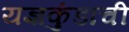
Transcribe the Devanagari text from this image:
यज्ञकुंडाची